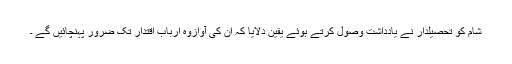
شام کو تحصیلدار نے یادداشت وصول کرتے ہوئے یقین دلایا کہ ان کی آوازوہ ارباب اقتدار تک ضرور پہنچائیں گے ۔